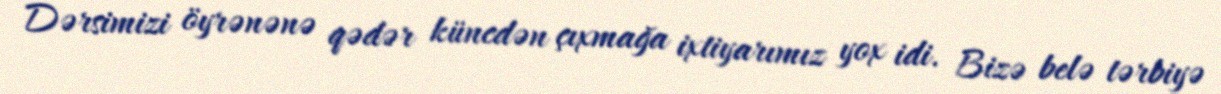
Dərsimizi öyrənənə qədər küncdən çıxmağa ixtiyarımız yox idi. Bizə belə tərbiyə